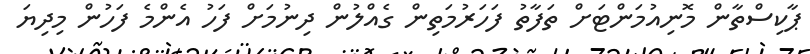
ޕާކިސްތާން މޮނިއުމަންޓަށް ތަފާތު ފަހަރުމަތިން ގެއްލުން ދިނުމަށް ފަހު އެންމެ ފަހުން މިދިޔަ